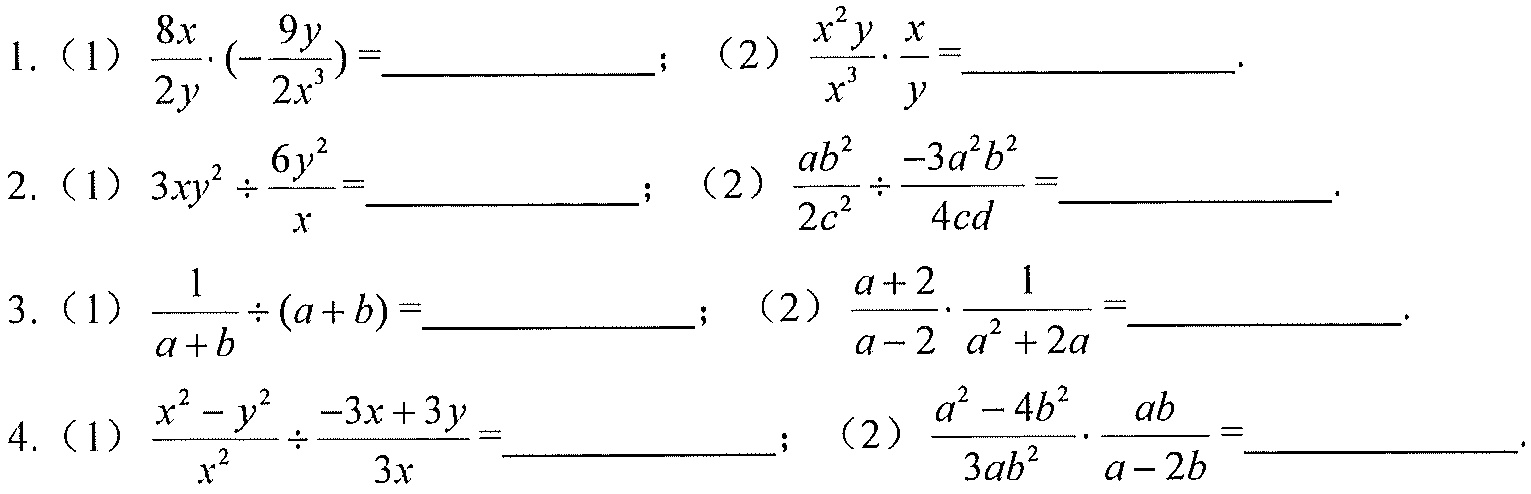
1.（1）\(\frac{8x}{2y}\cdot(-\frac{9y}{2x^{3}})=\underline{\quad\quad}\)；（2）\(\frac{x^{2}y}{x^{3}}\cdot\frac{x}{y}=\underline{\quad\quad}\).
2.（1）\(3xy^{2}\div\frac{6y^{2}}{x}=\underline{\quad\quad}\)；（2）\(\frac{ab^{2}}{2c^{2}}\div\frac{-3a^{2}b^{2}}{4cd}=\underline{\quad\quad}\).
3.（1）\(\frac{1}{a + b}\div(a + b)=\underline{\quad\quad}\)；（2）\(\frac{a + 2}{a - 2}\cdot\frac{1}{a^{2}+2a}=\underline{\quad\quad}\).
4.（1）\(\frac{x^{2}-y^{2}}{x^{2}}\div\frac{-3x + 3y}{3x}=\underline{\quad\quad}\)；（2）\(\frac{a^{2}-4b^{2}}{3ab^{2}}\cdot\frac{ab}{a - 2b}=\underline{\quad\quad}\).